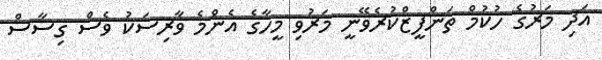
އަދި މަރުގެ ހުކުމް ތަންފީޒްކުރެވޭނީ މަރުވި މީހާގެ އެންމެ ވާރިސަކު ވެސް ގިސާސް